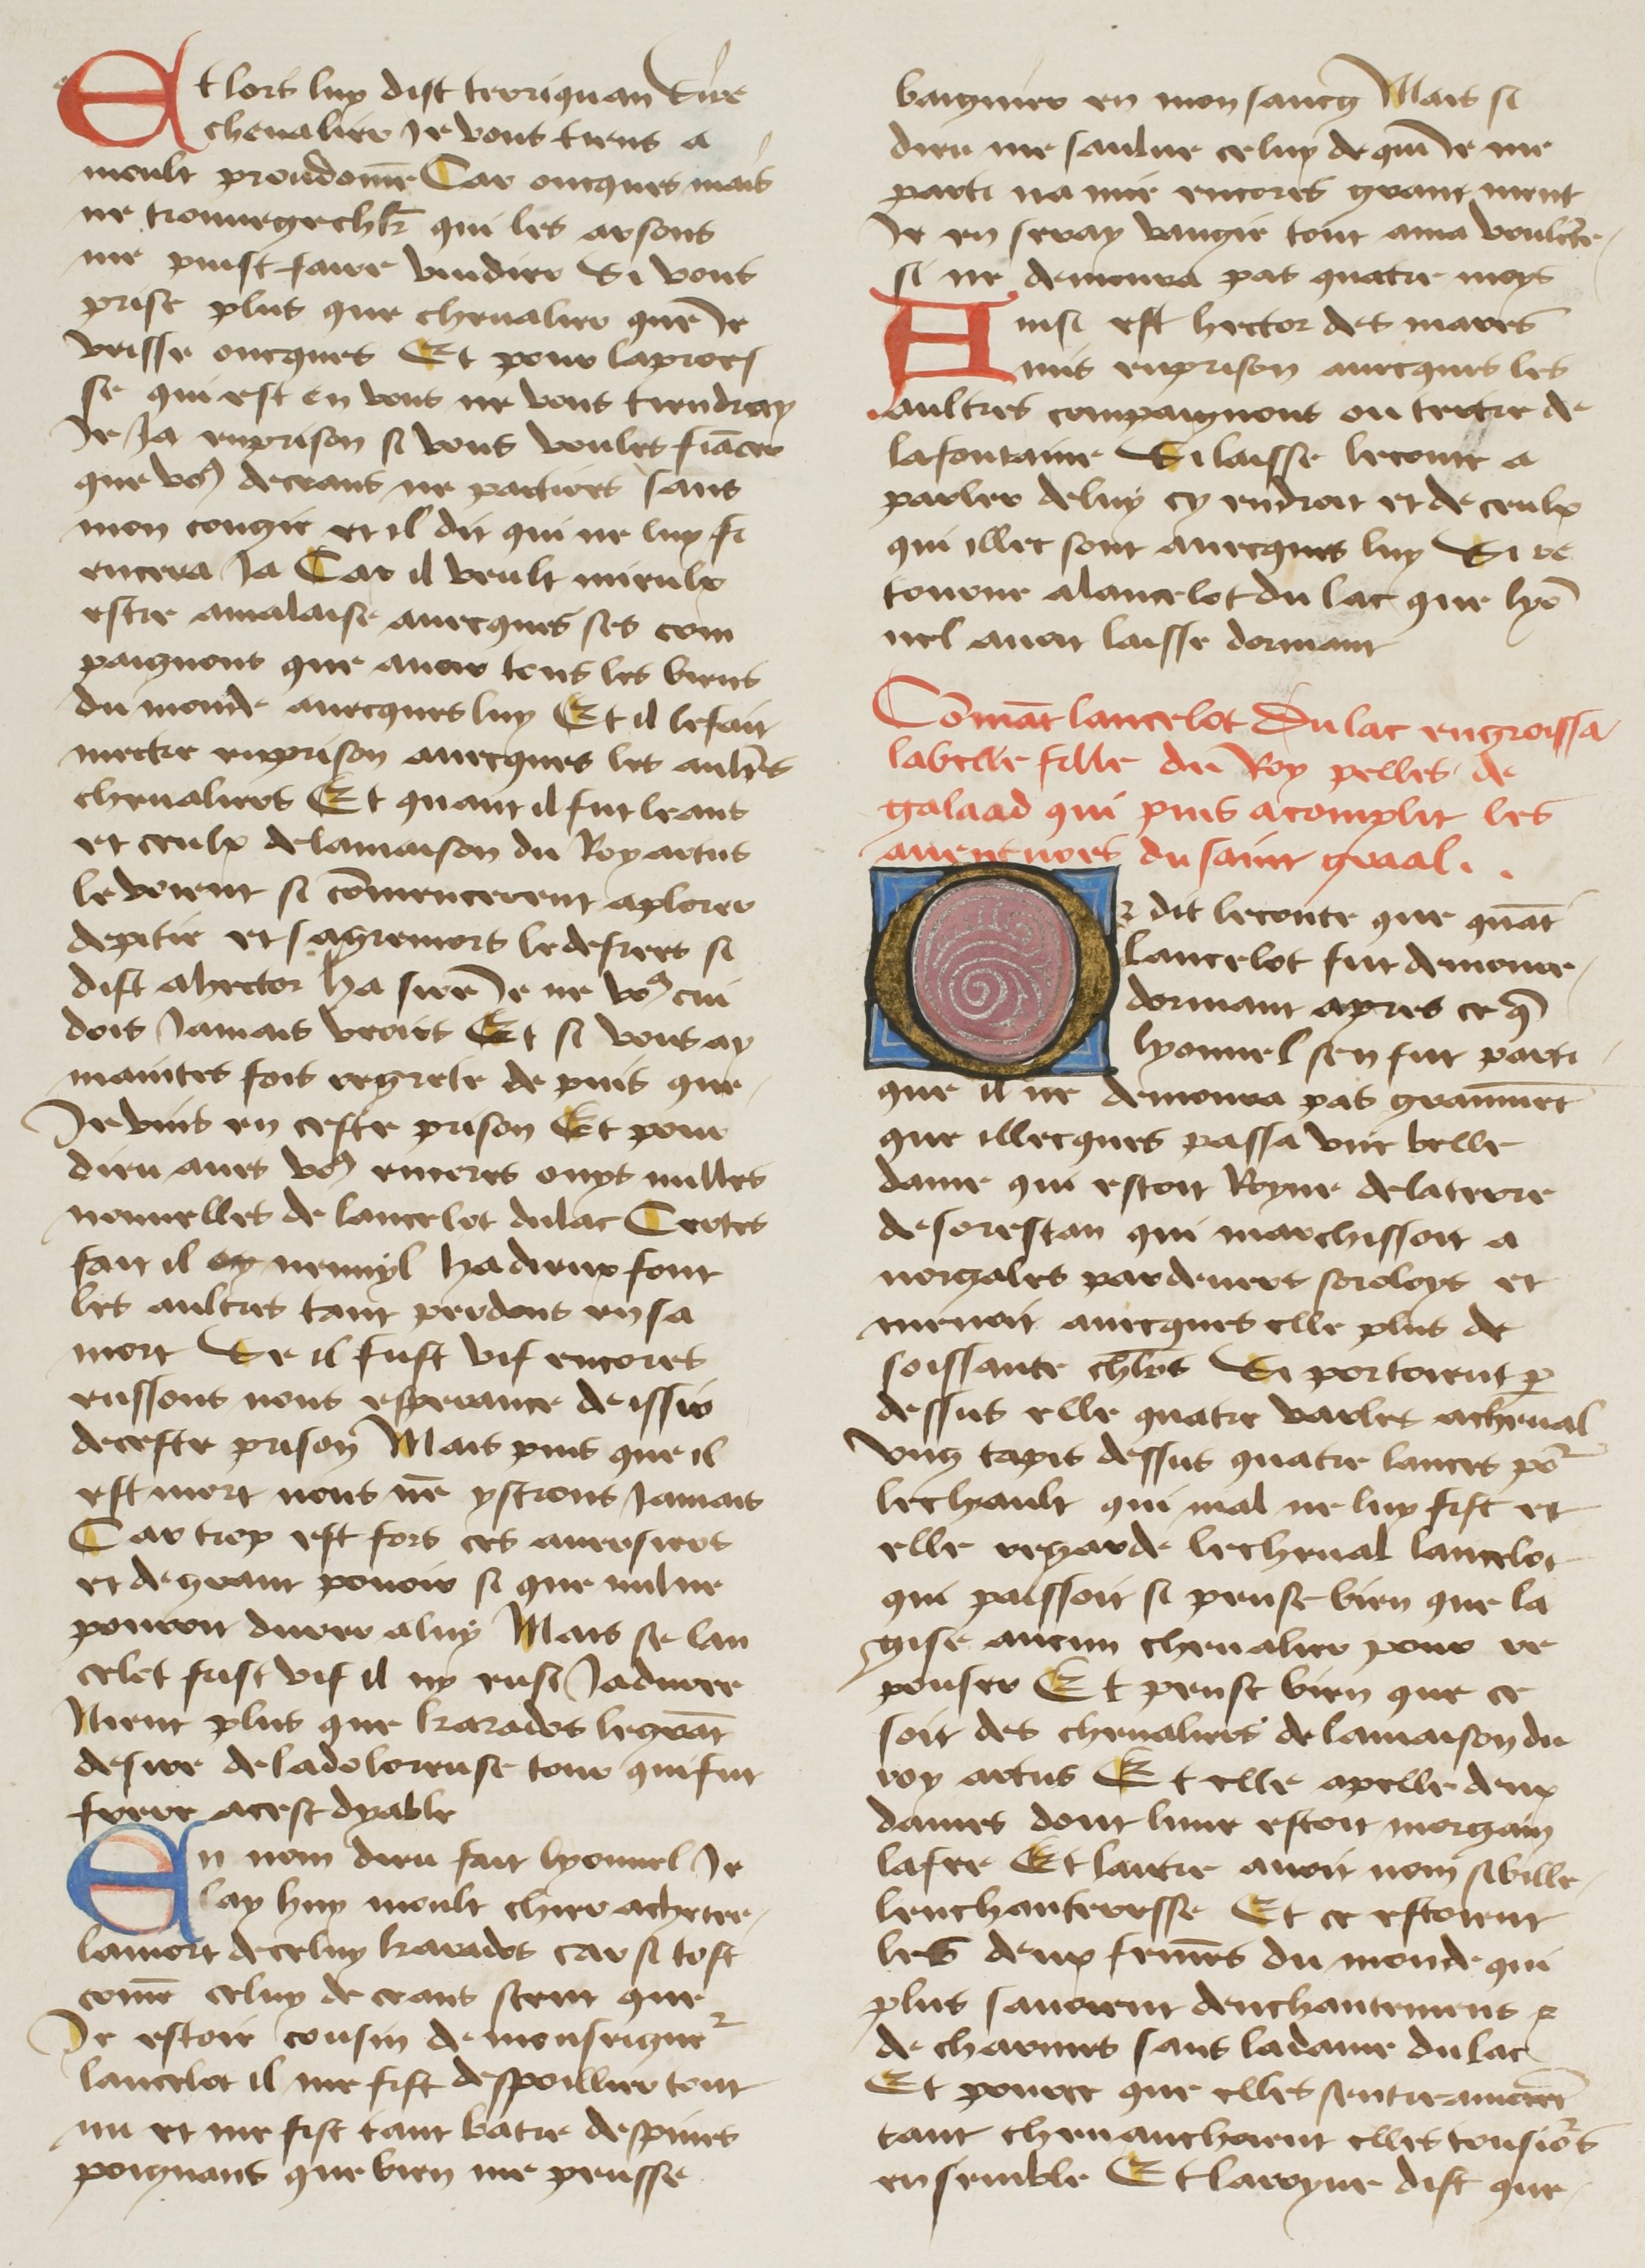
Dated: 1400–1499